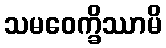
သမဝေက္ခိဿာမိ